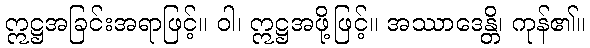
ဣဋ္ဌအခြင်းအရာဖြင့်။ ဝါ၊ ဣဋ္ဌအဖို့ဖြင့်။ အဿာဒေန္တိ၊ ကုန်၏။